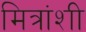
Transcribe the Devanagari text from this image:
मित्रांशी